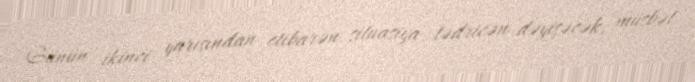
Günün ikinci yarısından etibarən situasiya tədricən dəyişəcək, müsbət